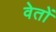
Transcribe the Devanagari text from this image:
वेतों